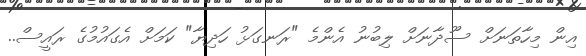
އިން މިހާތަނަށް ސޫދާނަށް ލިބުނު އެންމެ "ރަނގަޅު ހަދިޔާ" ކަމަށް އެގައުމުގެ ރައީސް..